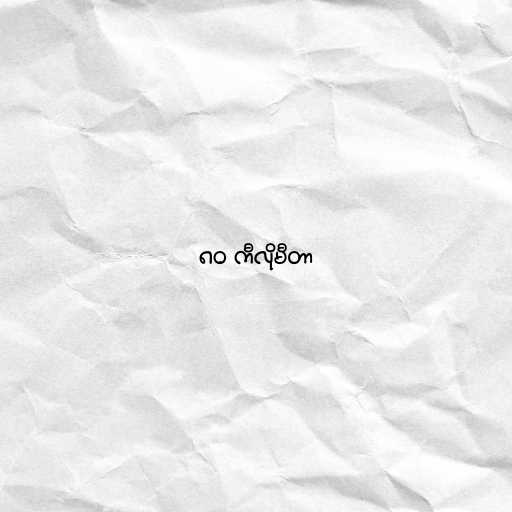
၈၀ ကီလိုမီတာ